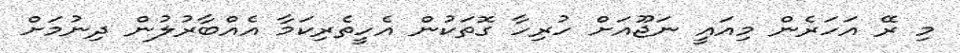
މި ރޭ އަހަރެން މިއައީ ނަޖޫއަށް ހުރިހާ ގޮތަކުން އެހީތެރިކަމާ އެއްބާރުލުން ދިނުމަށް